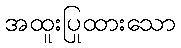
အထူးပြုထားသော